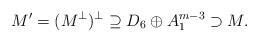
LaTeX: \begin{align*}M' = (M^\perp)^\perp \supseteq D_6\oplus A_1^{m-3} \supset M.\end{align*}